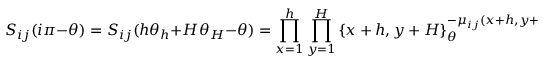
S _ { i j } ( i \pi - \theta ) = S _ { i j } ( h \theta _ { h } + H \theta _ { H } - \theta ) = \prod _ { x = 1 } ^ { h } \prod _ { y = 1 } ^ { H } \left\{ x + h , y + H \right\} _ { \theta } ^ { - \mu _ { i j } ( x + h , y + H ) } \, \, .